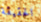
الحقيقة